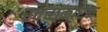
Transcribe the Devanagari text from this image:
स्चच्छकारक